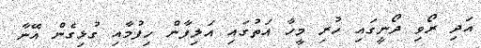
އަދި ރޯވި ދޯނީގައި ހުރި މީހާ އަތުގައި އަލިފާން ހިފުމާއި ގުޅިގެން އޭނާ